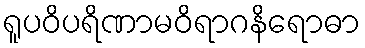
ရူပဝိပရိဏာမဝိရာဂနိရောဓာ